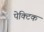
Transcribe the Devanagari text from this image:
पेक्टिक